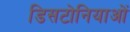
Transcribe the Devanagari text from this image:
डिसटोनियाओं